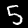
Label: 5